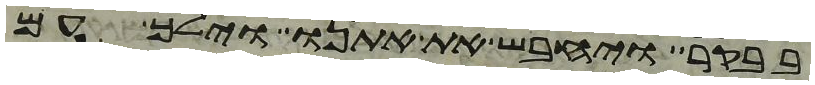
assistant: בבקר ויחבש את אתנו וילך עם